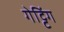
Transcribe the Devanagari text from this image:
गेट्टिंग